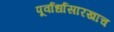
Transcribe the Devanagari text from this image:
पूर्वार्धासारखाच